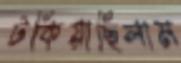
টকিয়াছিলাম